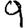
Digit: 9